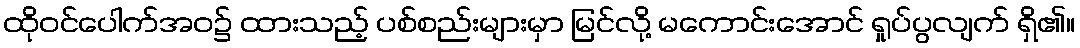
ထိုဝင်ပေါက်အဝ၌ ထားသည့် ပစ်စည်းများမှာ မြင်လို့ မကောင်းအောင် ရှုပ်ပွလျက် ရှိ၏။